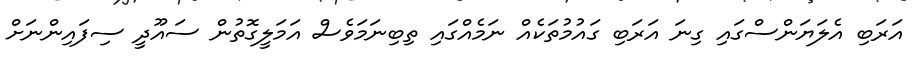
އަރަބި އެލަޔަންސްގައި ގިނަ އަރަބި ގައުމުތަކެއް ނަމެއްގައި ތިބިނަމަވެސް އަމަލީގޮތުން ސައޫދީ ސިފައިންނަށް